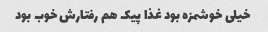
خیلی خوشمزه بود غذا پیک هم رفتارش خوب بود